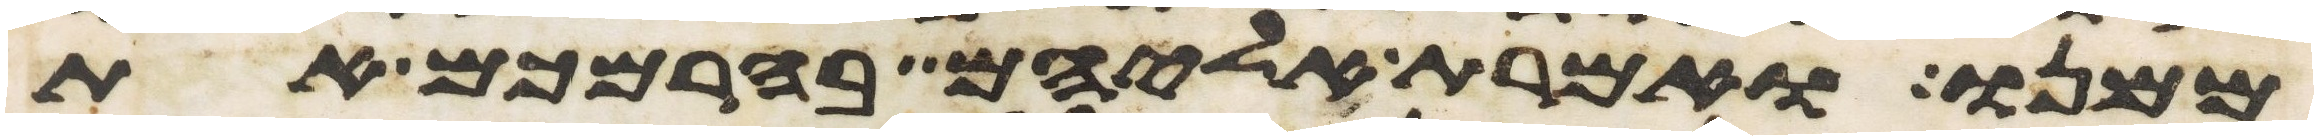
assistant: ממנו ואמרת אליהם בהרמכם את